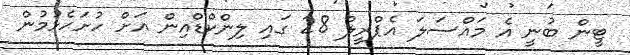
ޓީން ބުނީ އެ މައްސަލަ އެޕްރީލް 28 ގައި ލިންކްޑްއިން އަށް ހުށަހެޅުމުން